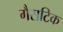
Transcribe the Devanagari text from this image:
गैसटिक